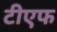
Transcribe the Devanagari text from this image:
टीएफ